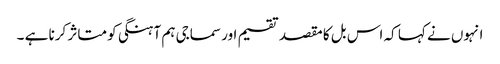
انہوں نے کہا کہ اس بل کا مقصد تقسیم اور سماجی ہم آہنگی کو متاثر کرنا ہے ۔